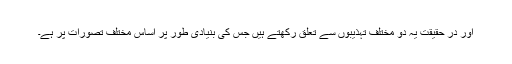
اور در حقیقت یہ دو مختلف تہذیبوں سے تعلق رکھتے ہیں جس کی بنیادی طور پر اساس مختلف تصورات پر ہے۔